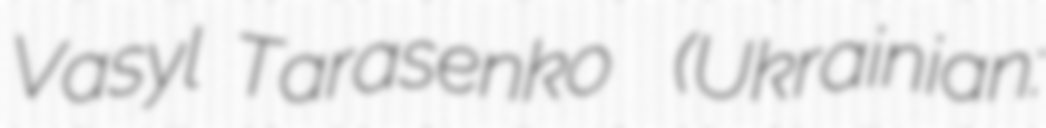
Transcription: Vasyl Tarasenko  (Ukrainian: